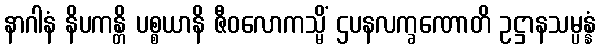
နာဂါနံ နိပကန္တိ ပစ္စယာနိ ဇီဝလောကသ္မိံ ဌပနလက္ခဏောတိ ဥဋ္ဌာနသမ္ပန္နံ